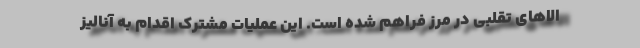
الاهای تقلبی در مرز فراهم شده است. این عملیات مشترک اقدام به آنالیز